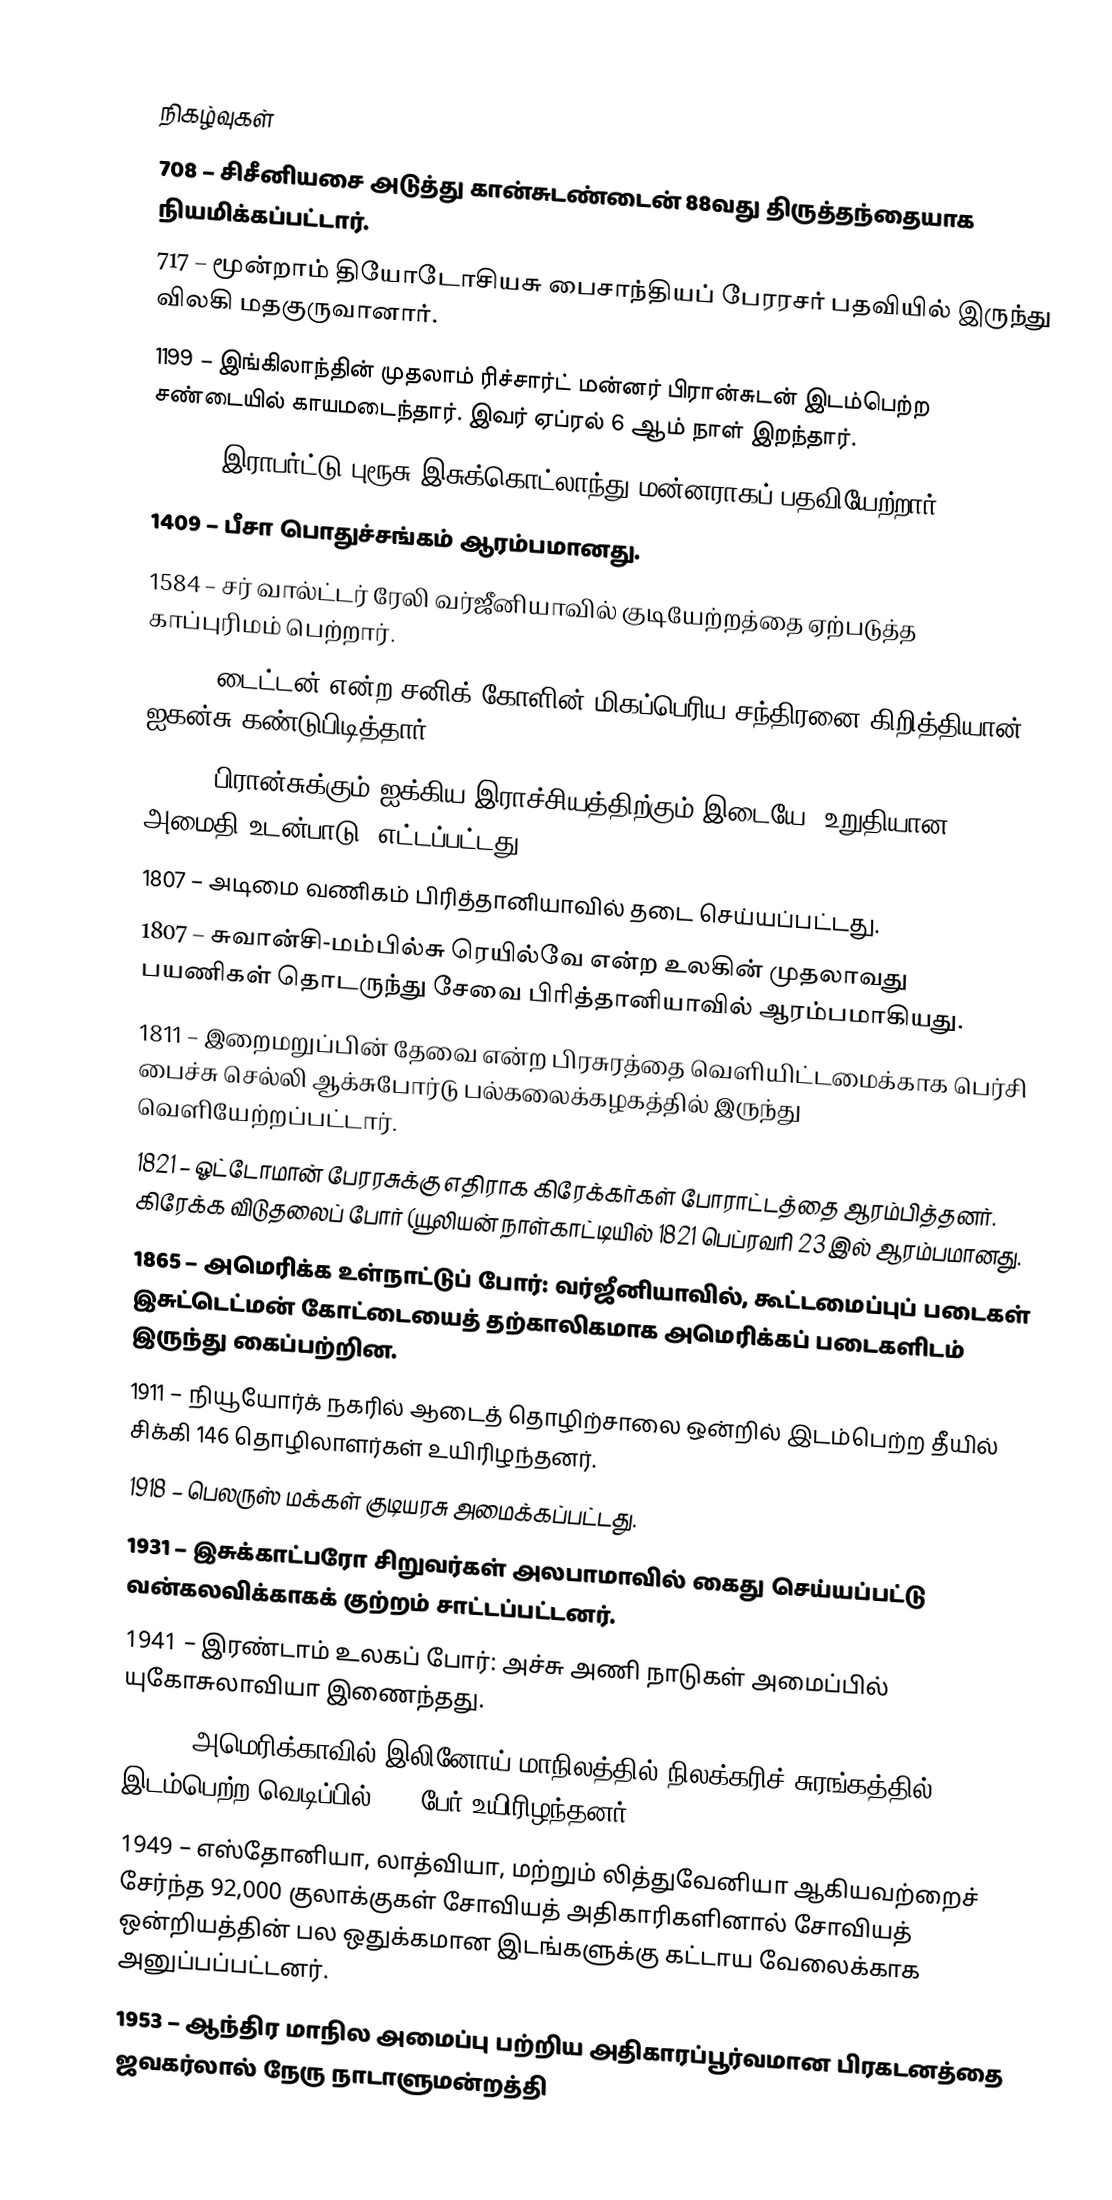

நிகழ்வுகள்
708 – சிசீனியசை அடுத்து கான்சுடண்டைன் 88வது திருத்தந்தையாக நியமிக்கப்பட்டார்.
717 – மூன்றாம் தியோடோசியசு பைசாந்தியப் பேரரசர் பதவியில் இருந்து விலகி மதகுருவானார்.
1199 – இங்கிலாந்தின் முதலாம் ரிச்சார்ட் மன்னர் பிரான்சுடன் இடம்பெற்ற சண்டையில் காயமடைந்தார். இவர் ஏப்ரல் 6 ஆம் நாள் இறந்தார்.
1306 – இராபர்ட்டு புரூசு இசுக்கொட்லாந்து மன்னராகப் பதவியேற்றார்.
1409 – பீசா பொதுச்சங்கம் ஆரம்பமானது.
1584 – சர் வால்ட்டர் ரேலி வர்ஜீனியாவில் குடியேற்றத்தை ஏற்படுத்த காப்புரிமம் பெற்றார்.
1655 – டைட்டன் என்ற சனிக் கோளின் மிகப்பெரிய சந்திரனை கிறித்தியான் ஐகன்சு கண்டுபிடித்தார்.
1802 – பிரான்சுக்கும் ஐக்கிய இராச்சியத்திற்கும் இடையே "உறுதியான அமைதி உடன்பாடு" எட்டப்பட்டது.
1807 – அடிமை வணிகம் பிரித்தானியாவில் தடை செய்யப்பட்டது.
1807 – சுவான்சி-மம்பில்சு ரெயில்வே என்ற உலகின் முதலாவது பயணிகள் தொடருந்து சேவை பிரித்தானியாவில் ஆரம்பமாகியது.
1811 – இறைமறுப்பின் தேவை என்ற பிரசுரத்தை வெளியிட்டமைக்காக பெர்சி பைச்சு செல்லி ஆக்சுபோர்டு பல்கலைக்கழகத்தில் இருந்து வெளியேற்றப்பட்டார்.
1821 – ஓட்டோமான் பேரரசுக்கு எதிராக கிரேக்கர்கள் போராட்டத்தை ஆரம்பித்தனர். கிரேக்க விடுதலைப் போர் (யூலியன் நாள்காட்டியில் 1821 பெப்ரவரி 23 இல் ஆரம்பமானது.
1865 – அமெரிக்க உள்நாட்டுப் போர்: வர்ஜீனியாவில், கூட்டமைப்புப் படைகள் இசுட்டெட்மன் கோட்டையைத் தற்காலிகமாக அமெரிக்கப் படைகளிடம் இருந்து கைப்பற்றின.
1911 – நியூயோர்க் நகரில் ஆடைத் தொழிற்சாலை ஒன்றில் இடம்பெற்ற தீயில் சிக்கி 146 தொழிலாளர்கள் உயிரிழந்தனர்.
1918 – பெலருஸ் மக்கள் குடியரசு அமைக்கப்பட்டது.
1931 – இசுக்காட்பரோ சிறுவர்கள் அலபாமாவில் கைது செய்யப்பட்டு வன்கலவிக்காகக் குற்றம் சாட்டப்பட்டனர்.
1941 – இரண்டாம் உலகப் போர்: அச்சு அணி நாடுகள் அமைப்பில் யுகோசுலாவியா இணைந்தது.
1947 – அமெரிக்காவில் இலினோய் மாநிலத்தில் நிலக்கரிச் சுரங்கத்தில் இடம்பெற்ற வெடிப்பில் 111 பேர் உயிரிழந்தனர்.
1949 – எஸ்தோனியா, லாத்வியா, மற்றும் லித்துவேனியா ஆகியவற்றைச் சேர்ந்த 92,000 குலாக்குகள் சோவியத் அதிகாரிகளினால் சோவியத் ஒன்றியத்தின் பல ஒதுக்கமான இடங்களுக்கு கட்டாய வேலைக்காக அனுப்பப்பட்டனர்.
1953 – ஆந்திர மாநில அமைப்பு பற்றிய அதிகாரப்பூர்வமான பிரகடனத்தை ஜவகர்லால் நேரு நாடாளுமன்றத்தி